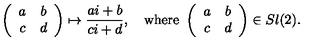
\left( \begin{array} { c c } { a } & { b } \\ { c } & { d } \\ \end{array} \right) \mapsto \frac { a i + b } { c i + d } , \quad \mathrm { w h e r e \ } \left( \begin{array} { c c } { a } & { b } \\ { c } & { d } \\ \end{array} \right) \in S l ( 2 ) .